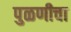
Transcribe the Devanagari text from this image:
पुळणीचा